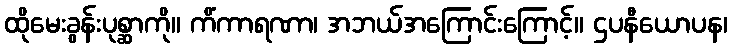
ထိုမေးခွန်းပုစ္ဆာကို။ ကိံကာရဏာ၊ အဘယ်အကြောင်းကြောင့်။ ဌပနီယောပန၊